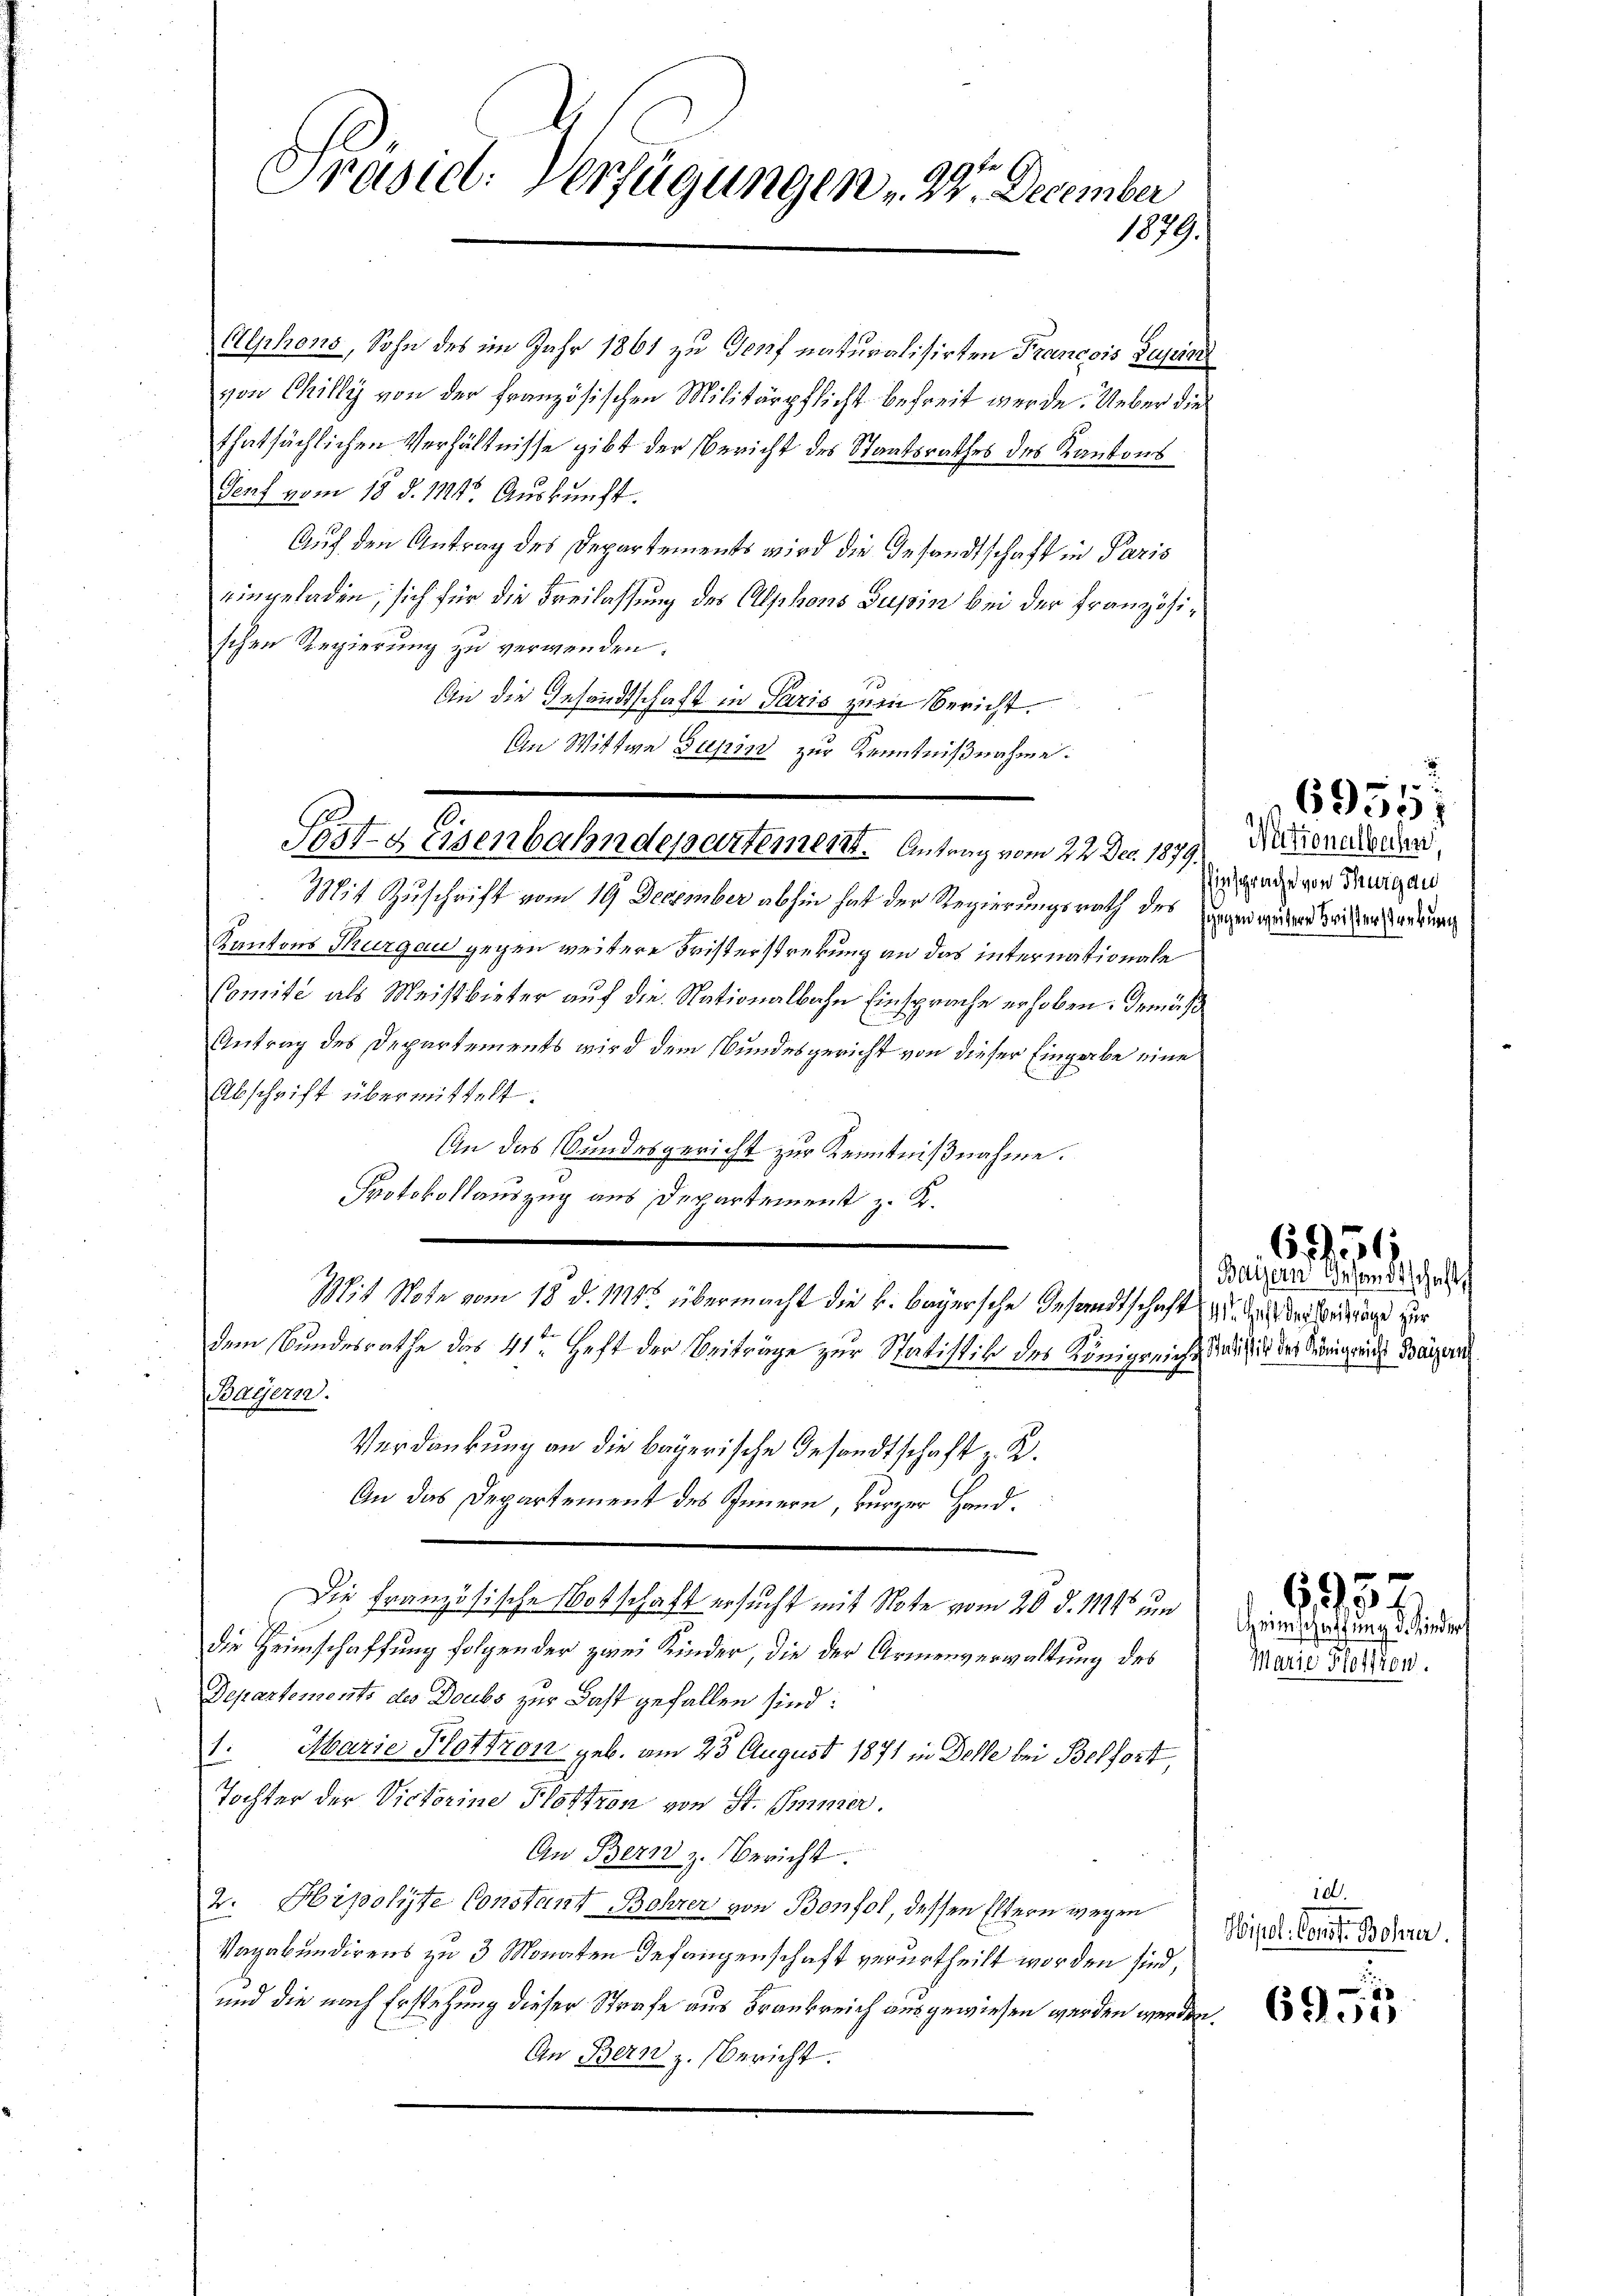
Prasiel: Verfügungen " 2 December
1879.

Alphons, Sohn des im Jahr 1861 zu Genf naturalisirten Francois Supiars
von Chilly von der französischen Militärpflicht befreit werde. Ueber die
thatsächlichen Verhältnisse gibt der Bericht des Staatsrathes des Kantons
Senf vom 18. d. 1811. Auskunft.
Auf den Antrag des Departements wird die Gesandtschaft in Paris
eingeladen, sich für die Freilassung des Alphons Supin bei der Französischen Regierung zu verwenden.
An die Gesandtschaft in Paris zum Bericht.
An Wittwe Supin zur Kenntnißnahme:
Mit Zuschrift vom 19 December abhin hat der Regierungsrath des Herrechen weiter anzung
Kantons Thurgau gegen weitere Fristerstrebung an das internationale
Comité als Meistbieter auf die Nationalbahn Einsprache erhoben. Gemäß
Antrag des Departements wird dem Bundesgericht von dieser Eingabe eine
Abschrift übermittelt.
An das Bundesgericht zur Kenntnißnahme.
Protokollauszug aus Departement z. K.
Mit Note vom 18. d. Mts. übermacht die k. bayersche Gesandtschaft und bei weitage zur
dem Bundesrathe des 41ten Heft der Beiträge zur Statistik des Königreiche sich in der Seinigen Bayern
Bayern.
Verdankung an die bayerische Gesandtschaft z. R.
An das Departement des Innern, kurzer Hand.
Die Französische Botschaft ersucht mit Note vom 20. d. 114 und
die Heimschaffung folgender zwei Kinder, die der Armenverwaltung des
Departements des Doubs zur Last gefallen sind:
¬
 Marie Plottron geb. am 23. August 1871 in Delle bei Belfort,
Tochter der Victorine Flottron von St. Immer.
An Bern z. Bericht.
2. Hipoliste Constant Bohrer von Bonfol, dessen Eltern wegen
Vagabundirens zu 3 Monaten Gefangenschaft verurtheilt worden sind,
und die nach Erstehung dieser Strafe aus Frankreich ausgewiesen werden werden.
An Bern z. Bericht.

Post- & Eisenbahndepartement. Antrag vom 22. Dec. 1879. Nationendertert

Einsprache von Thurgau

Bayern Gesandtschaft f

656

695
Heimschaffung d. Kinder
Marie Pression.

69557

an
6900

10.
Sipel. Const Bohrer